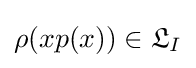
\rho (xp(x))\in {\mathfrak {L}}_{I}